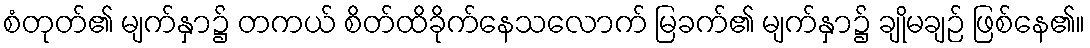
စံတုတ်၏ မျက်နှာ၌ တကယ် စိတ်ထိခိုက်နေသလောက် မြခက်၏ မျက်နှာ၌ ချိုမချဉ် ဖြစ်နေ၏။